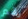
رقم